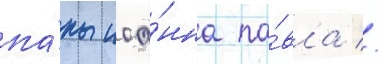
па́пы иоа́нна па́вла //